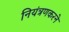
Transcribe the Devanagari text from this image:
नियंत्रणकरने